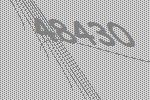
48430